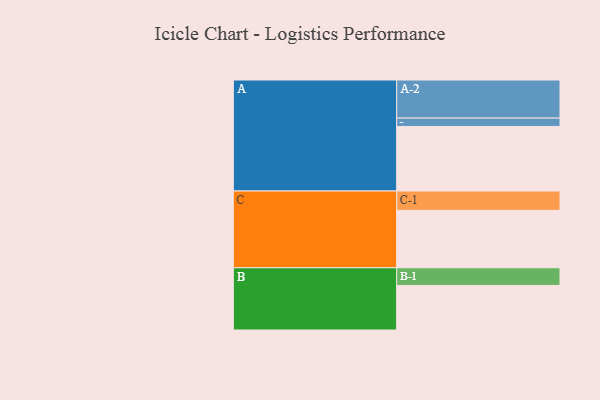
{"axis": {"x": "Segment", "y": "Value"}, "legend": ["", "A", "B", "C"], "data": [{"x": "A", "y": 478, "type": ""}, {"x": "B", "y": 330, "type": ""}, {"x": "C", "y": 425, "type": ""}, {"x": "A-1", "y": 62, "type": "A"}, {"x": "A-2", "y": 282, "type": "A"}, {"x": "B-1", "y": 131, "type": "B"}, {"x": "C-1", "y": 143, "type": "C"}]}